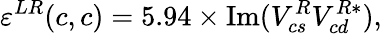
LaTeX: \varepsilon^{LR}(c,c)=5.94\times\mathrm{Im}(V_{cs}^{R}V_{cd}^{R*}),\,